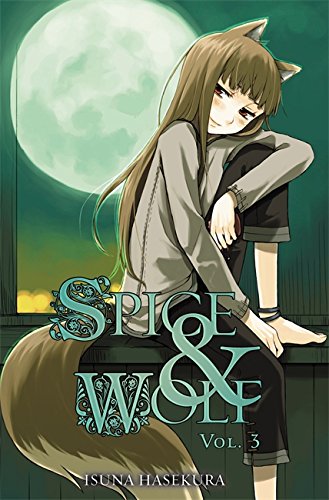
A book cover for Spice & Wolf, Vol. 3; Isuna Hasekura; Science Fiction & Fantasy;